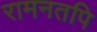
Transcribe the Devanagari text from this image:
रामनतपि